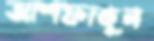
আশফাকুন